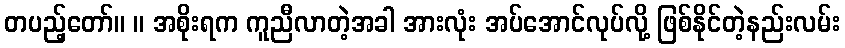
တပည့်တော်။ ။ အစိုးရက ကူညီလာတဲ့အခါ အားလုံး အပ်အောင်လုပ်လို့ ဖြစ်နိုင်တဲ့နည်းလမ်း